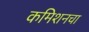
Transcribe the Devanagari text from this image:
कमिशनचा